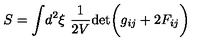
S = \int \! d ^ { 2 } \xi \ { \frac { 1 } { 2 V } } \mathrm { d e t } \biggl ( g _ { i j } + 2 F _ { i j } \biggr )